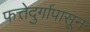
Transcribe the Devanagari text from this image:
फत्तेदुर्गापासून